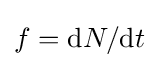
f=\mathrm {d} N/\mathrm {d} t\,\!